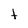
Character: t